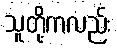
သူတို့ကလည်း